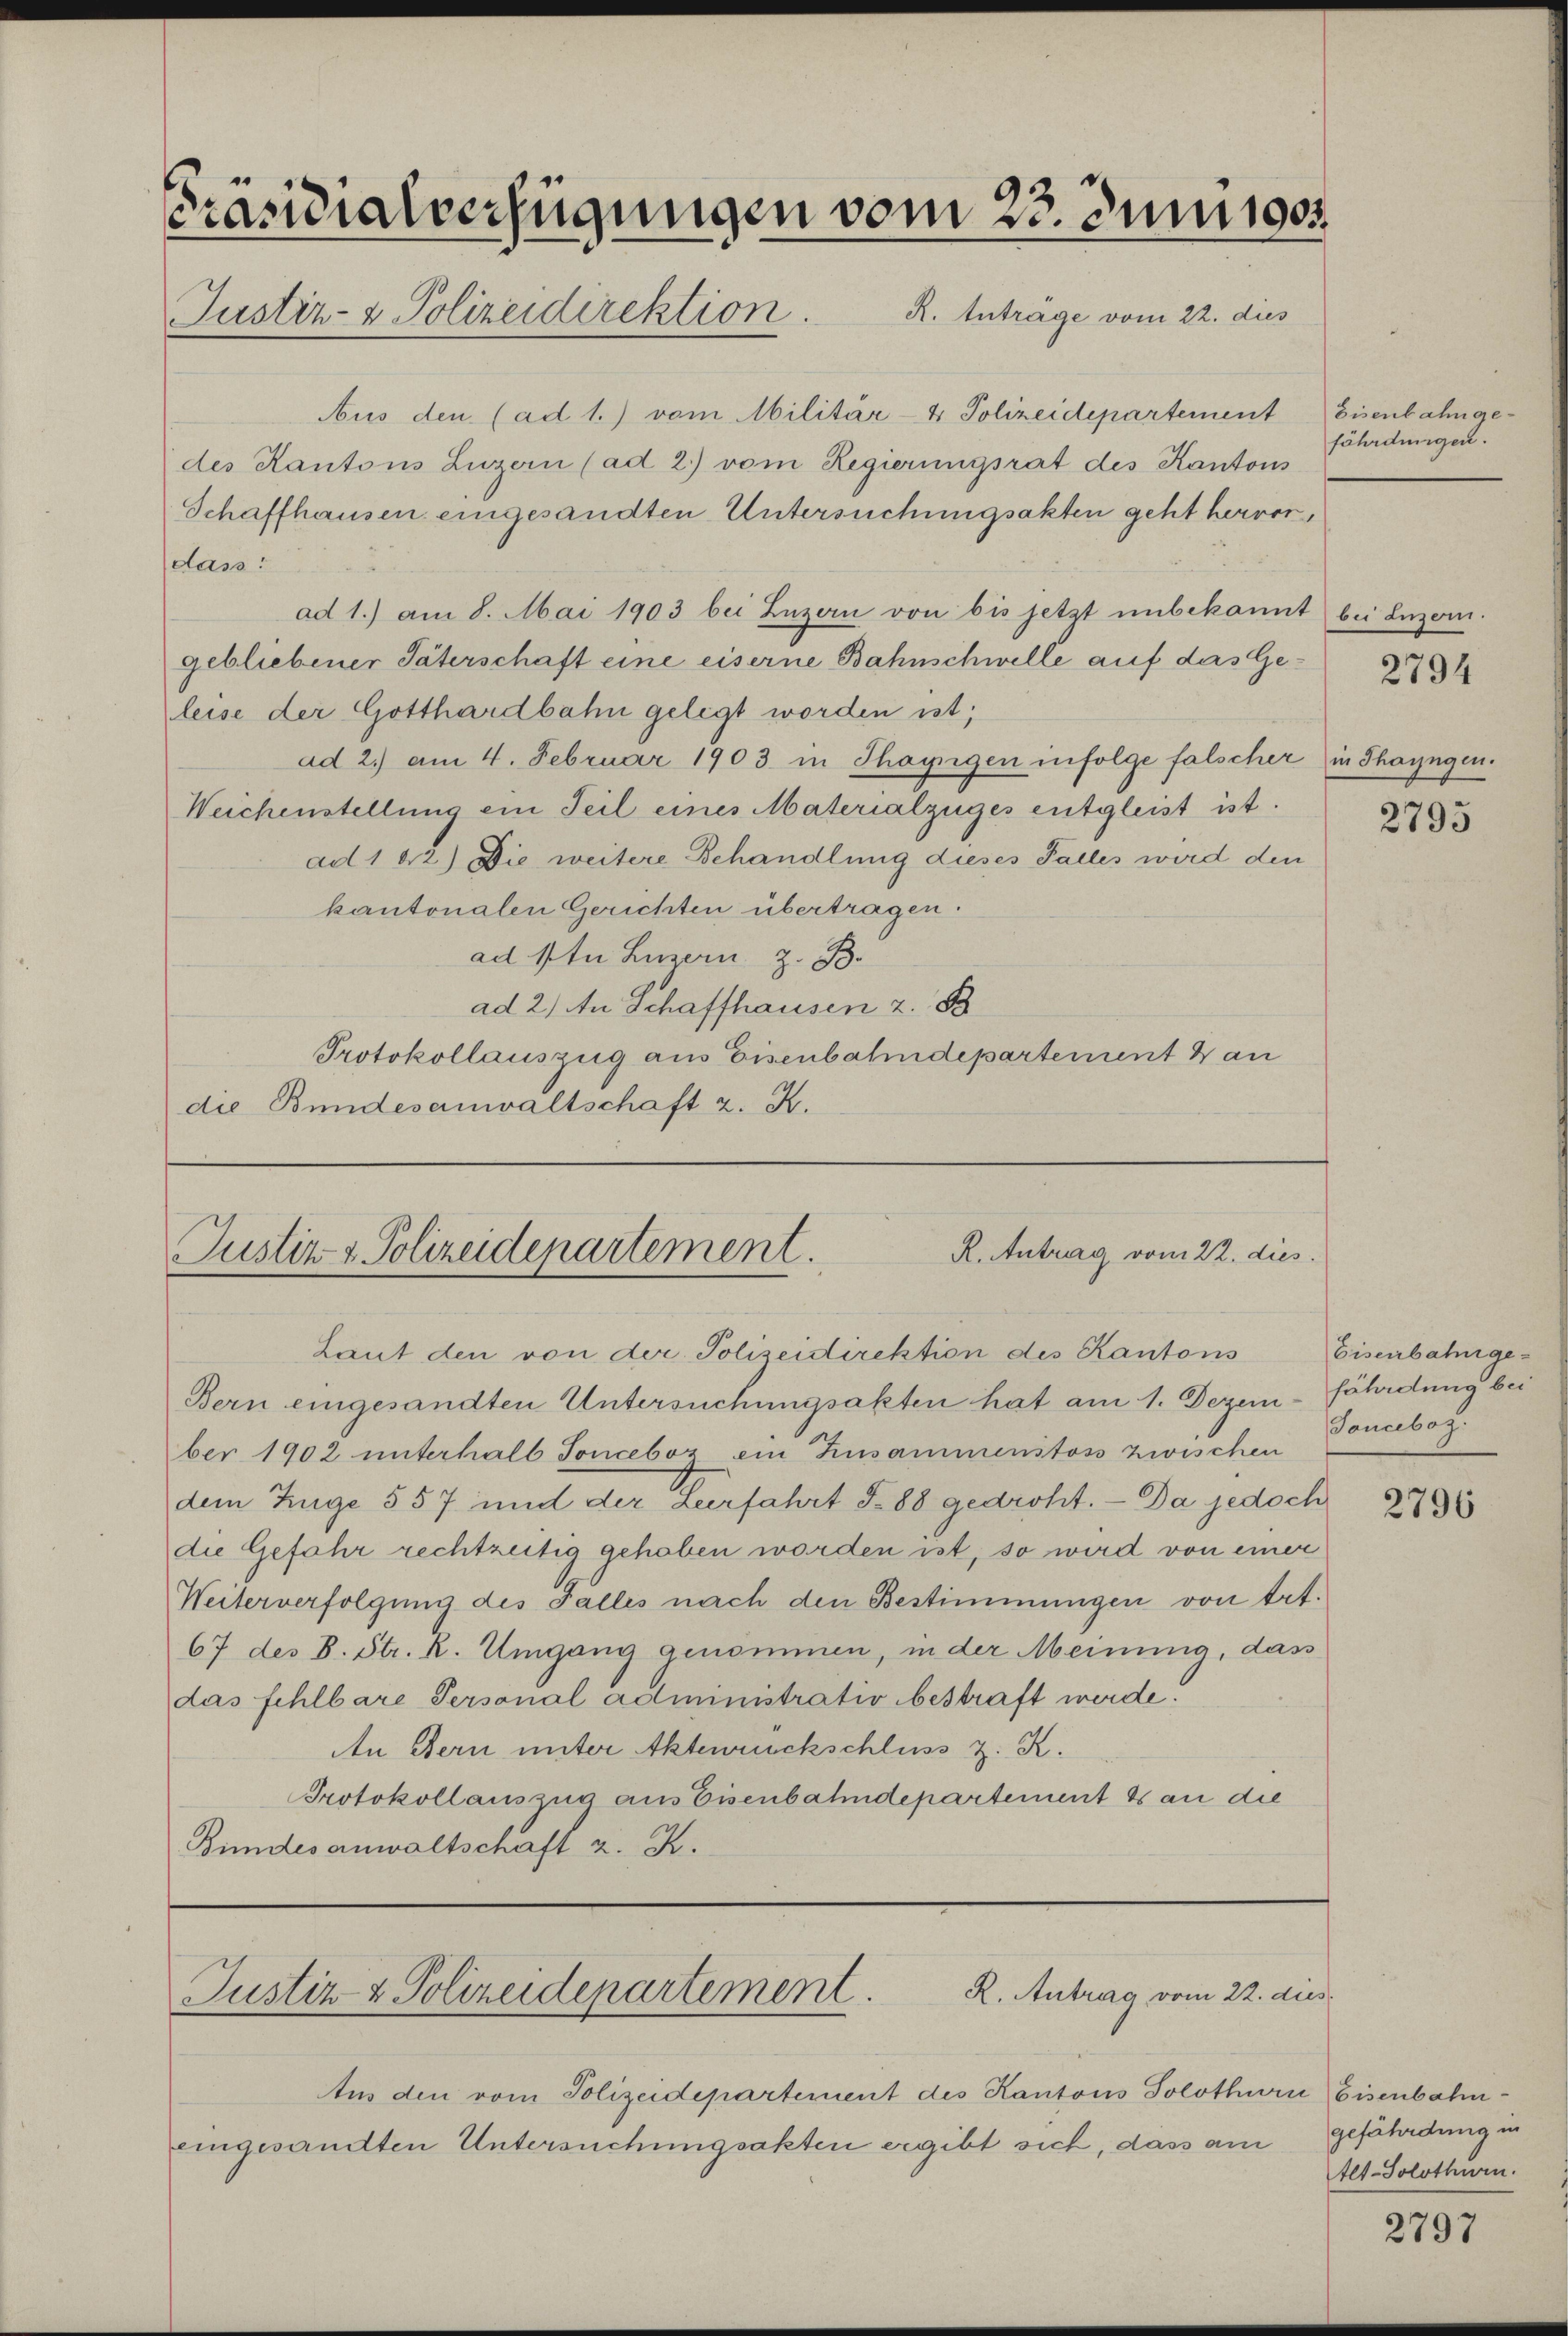
Präsidialverfügungen vom 23. Juni 1905.
Justiz- & Polizeidirektion. R. Anträge vom 22. dies

R. Antrag vom 22. dies
Justiz- & Polizeidepartement.

Aus den (ad 1.) vom Militär- & Polizeidepartement
des Kantons Luzern (ad 2.) vom Regierungsrat des Kantons
Schaffhausen eingesandten Untersuchungsakten geht hervor,
das:
ad 1.) am 8. Mai 1903 bei Luzern von bis jetzt unbekannt bei Luzern.
gebliebener Täterschaft eine eiserne Bahnschwelle auf das Ge-
leise der Gotthardbahn gelegt worden ist;
ad 2.) am 4. Februar 1903 in Thaysigen infolge falscher in Thayngen.
Weichenstellung ein Teil eines Materialzüges entgleist ist.
ad 1 42) Die weitere Behandlung dieses Falles wird den
kantonalen Gerichten übertragen.
ad 4 tu Luzern z. B.
ad 2) An Schaffhausen z. B
Protokollauszug aus Eisenbahndepartement & an
die Bundesanwaltschaft z. K.

R. Antrag vom 22. dies
Justiz- & Polizeidepartement.

Aus den vom Polizeidepartement des Kantons Solothurn Eisenbahningesandten Untersuchungsakten ergibt sich, dass am gefährdung in

Laut den von der Polizeidirektion des Kantons
Bern eingesandten Untersuchungsakten hat am 1. Dezem- fährdung beber 1902 unterhalb Sonceboz ein Zusammenstoss zwischen
dem Zuge 557 und der Leerfahrt S. 88 gedroht. - Da jedoch
die Gefahr rechtzeitig gehoben worden ist, so wird von einer
Weiterverfolgung des Falles nach den Bestimmungen von trt.
67 des B. Str. R. Umgang genommen, in der Meinung, dass
das fehlbare Personal administrativ bestraft werde.
An Bern unter Aktenrückschluss z. K.
Protokollauszug aus Eisenbahndepartement & an die
Bundesanwaltschaft z. K.

Eisenbahngefährdungen.

2795

Eisenbahnge¬
Toncebog

2796

Alt-Solothurn.

2797